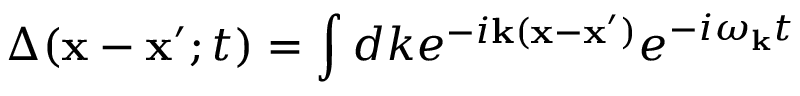
\Delta ( { \bf x } - { \bf x } ^ { \prime } ; t ) = \int d k e ^ { - i { \bf k } ( { \bf x } - { \bf x } ^ { \prime } ) } e ^ { - i \omega _ { \bf k } t }